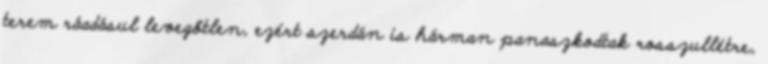
terem ráadásul levegőtlen, ezért szerdán is hárman panaszkodtak rosszullétre,